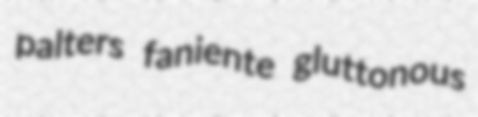
palters faniente gluttonous